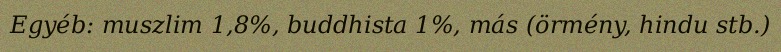
Egyéb: muszlim 1,8%, buddhista 1%, más (örmény, hindu stb.)